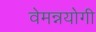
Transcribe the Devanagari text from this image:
वेमन्नयोगी